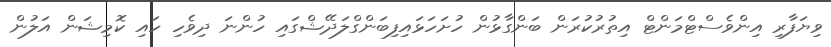
ވިޔަފާރި އިންވެސްޓްމަންޓް އިތުރުކުރަން ބަންގާޅުން ހުށަހަޅައިފިބަންގްލަދޭޝްގައި ހުންނަ ދިވެހި ހައި ކޮމިޝަން އަލުން